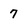
Character: 7